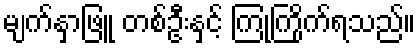
မျက်နှာဖြူ တစ်ဦးနှင့် ကြုံကြိုက်ရသည်။